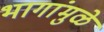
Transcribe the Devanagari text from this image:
भागांमुळे